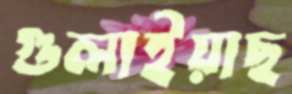
গুলাইয়াছ